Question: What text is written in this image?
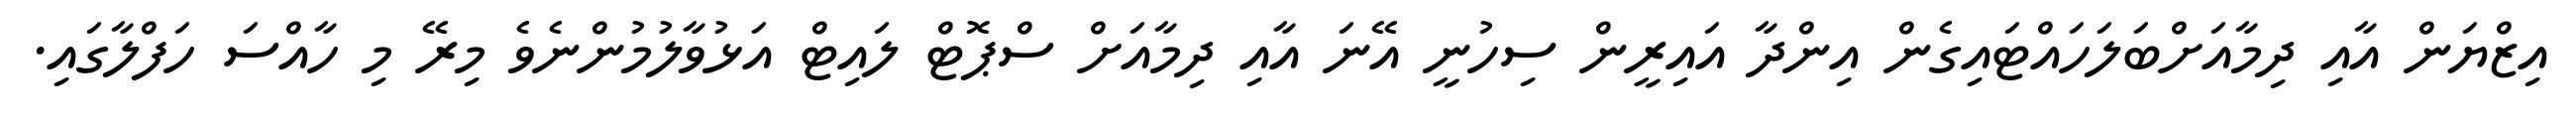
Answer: އިޒްޔަން އާއި ދިމާއަށްބަލަހައްޓައިގެން އިންދާ އައިރީން ސިހުނީ އޭނަ އާއި ދިމާއަށް ސްޕޮޓް ލައިޓް އަޅުވާލުމުންނެވެ މިރޭ މި ހާއްސަ ހަފްލާގައި.